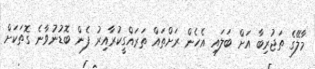
މާލޭގެ ތަޖުރިބާ އަށް ބަލައި އެހެން ރަށްތައް ތަރައްގީކުރާއިރު ފެން ބޮޑުނުވާނެ ގޮތަކަށް